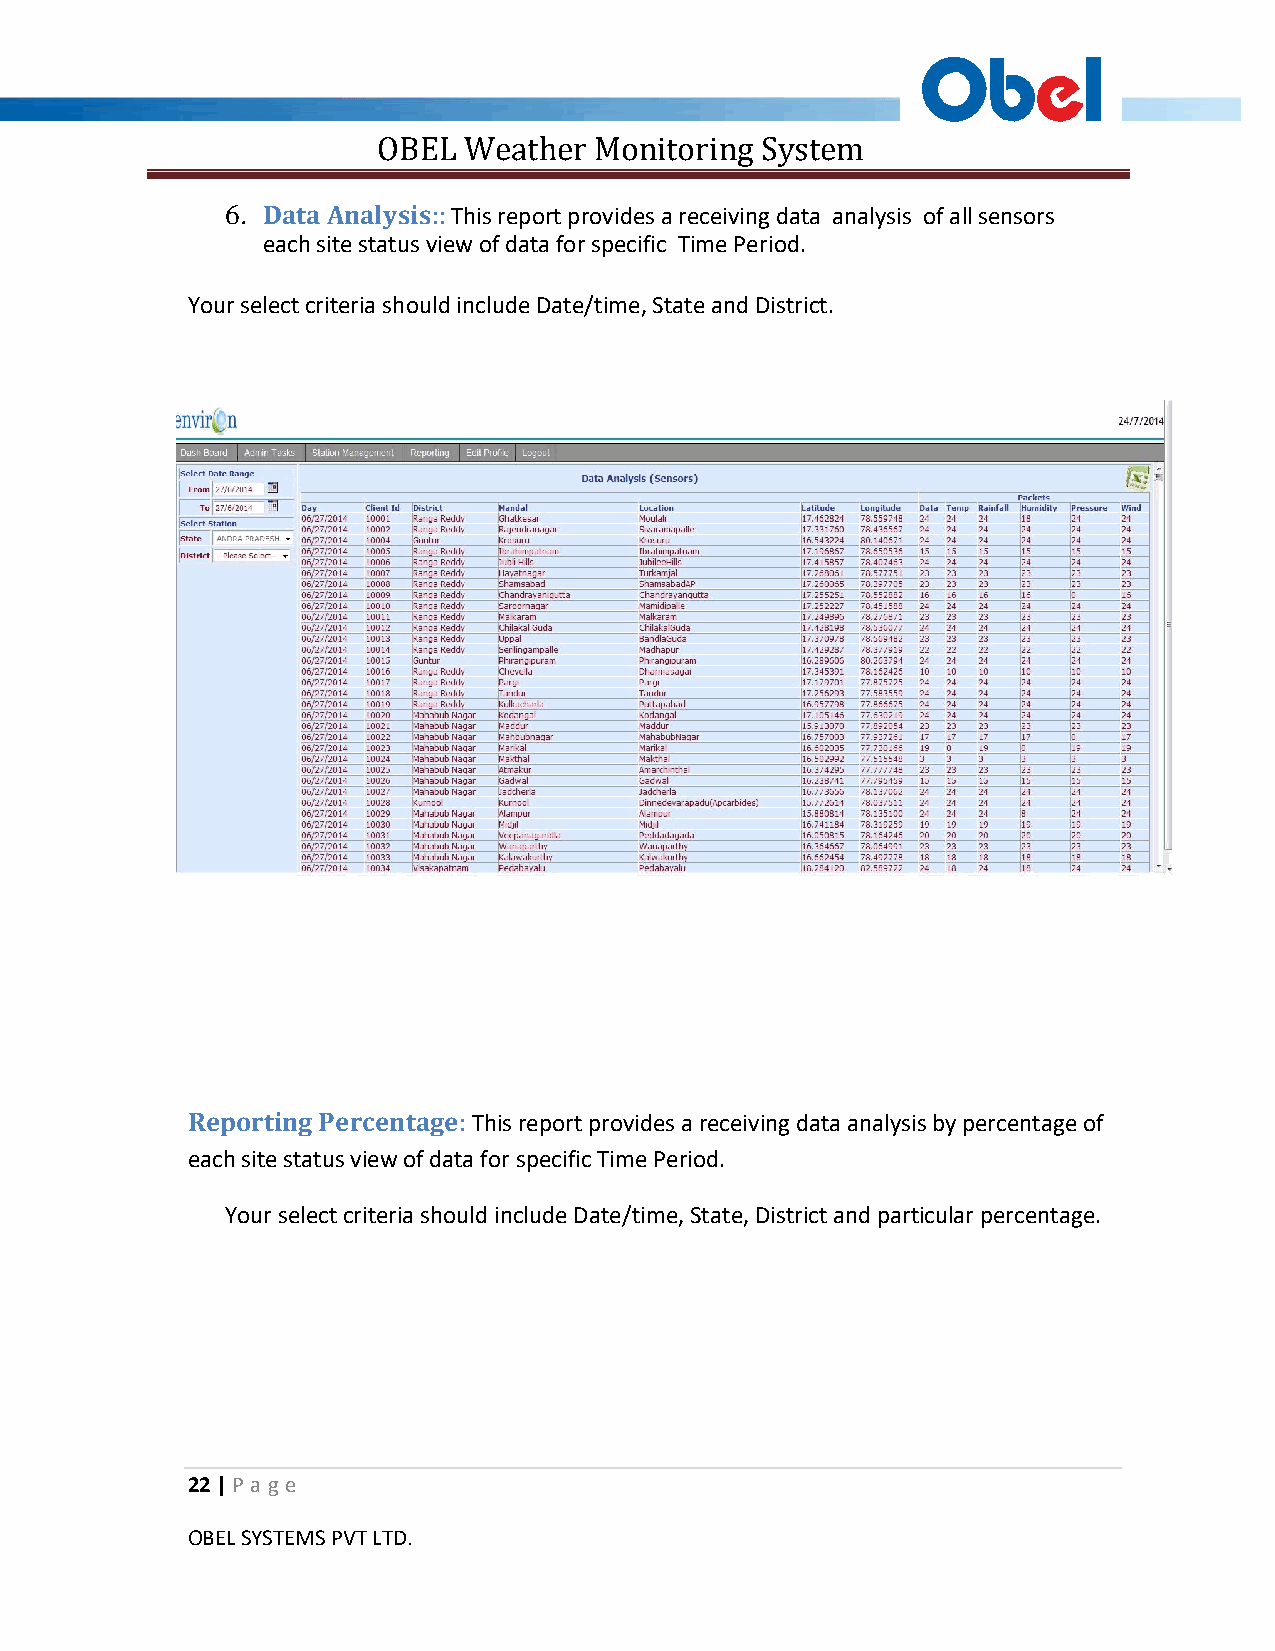
OBEL  Weather Monitoring System
 6. Data Analysis:: This report provides a receiving data analysis of all sensors
 each site status view of data for specific Time Period.
 Your select criteria should include Date/time, State and District.
 Reporting Percentage: This report provides a receiving data analysis by percentage of
 each site status view of data for specific Time Period.
 Your select criteria should include Date/time, State, District and particular percentage.
 22 | P a ge
 OBEL SYSTEMS PVT LTD.